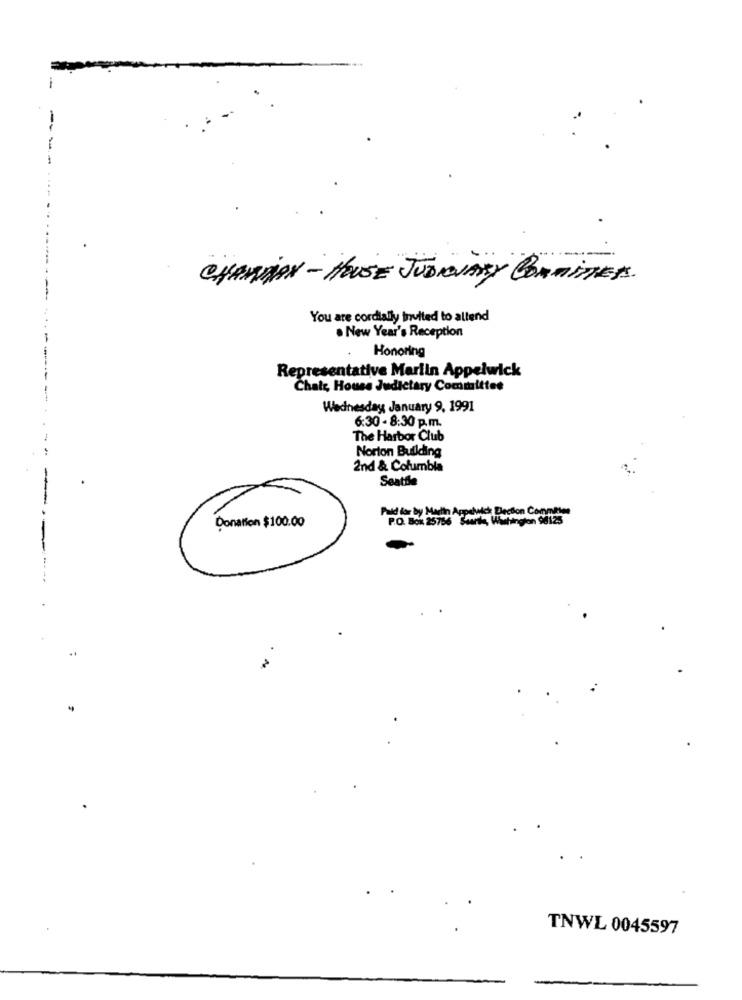
CHAMVAN - HOUSE JUDICIARY COMMITTEE.
You are cordially inulted to allend
. New Year's Reception
Honoring
Representative Mariin Appelwick
Chats, House Judiciary Committee
Wednesday January 9, 1991
6:30 - 8:30 p.m.
The Harbor Club
Norton Building
2nd & Columbia
Seattle
Pound for by Marth Appelwet Dlaction Committee
Donation $100.00
P.O. Box 25756 Stars, Washington 98125
TNWL 0045597